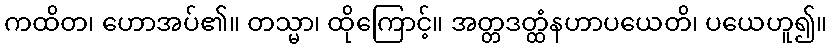
ကထိတ၊ ဟောအပ်၏။ တသ္မာ၊ ထိုကြောင့်။ အတ္တဒတ္ထံနဟာပယေတိ၊ ပယေဟူ၍။